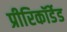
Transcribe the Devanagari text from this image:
प्रीरिकॉर्डेड